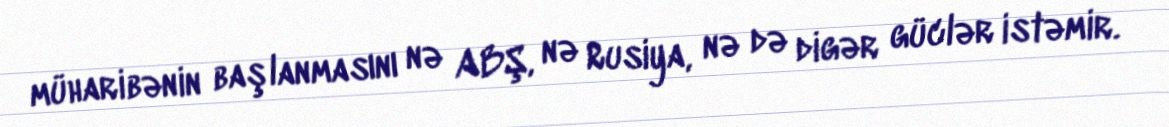
müharibənin başlanmasını nə ABŞ, nə Rusiya, nə də digər güclər istəmir.